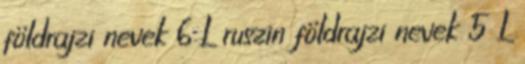
földrajzi nevek‎ 6 L ruszin földrajzi nevek‎ 5 L